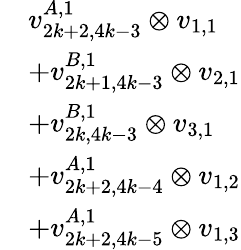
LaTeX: \begin{array}{rl}&{v_{2k+2,4k-3}^{A,1}\otimes v_{1,1}}\\ &{+v_{2k+1,4k-3}^{B,1}\otimes v_{2,1}}\\ &{+v_{2k,4k-3}^{B,1}\otimes v_{3,1}}\\ &{+v_{2k+2,4k-4}^{A,1}\otimes v_{1,2}}\\ &{+v_{2k+2,4k-5}^{A,1}\otimes v_{1,3}}\end{array}